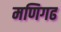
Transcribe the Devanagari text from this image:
मणिगढ